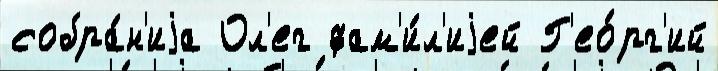
собра́н'иjа Ол'ег фам'и́л'иjей Г'ео́рг'ий